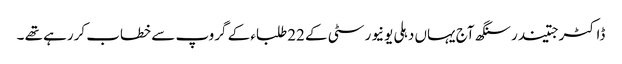
ڈاکٹرجتیندرسنگھ آج یہاں دہلی یونیورسٹی کے 22طلباء کے گروپ سے خطاب کررہے تھے ۔